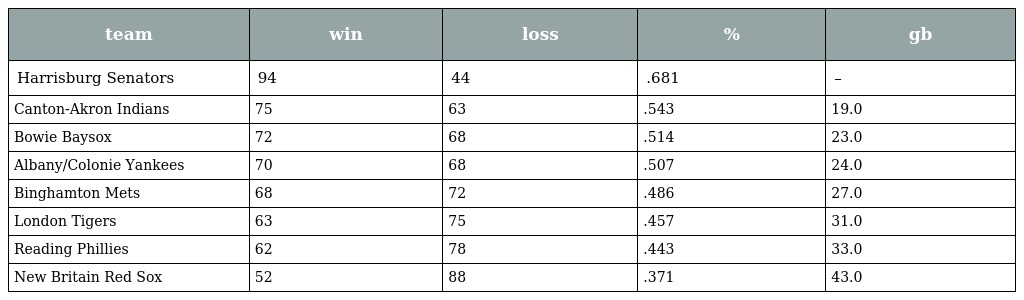
| team | win | loss | % | gb |
 | --- | --- | --- | --- | --- |
 | Harrisburg Senators | 94 | 44 | .681 | – |
 | Canton-Akron Indians | 75 | 63 | .543 | 19.0 |
 | Bowie Baysox | 72 | 68 | .514 | 23.0 |
 | Albany/Colonie Yankees | 70 | 68 | .507 | 24.0 |
 | Binghamton Mets | 68 | 72 | .486 | 27.0 |
 | London Tigers | 63 | 75 | .457 | 31.0 |
 | Reading Phillies | 62 | 78 | .443 | 33.0 |
 | New Britain Red Sox | 52 | 88 | .371 | 43.0 |